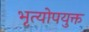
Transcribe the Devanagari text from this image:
भृत्योपयुक्त